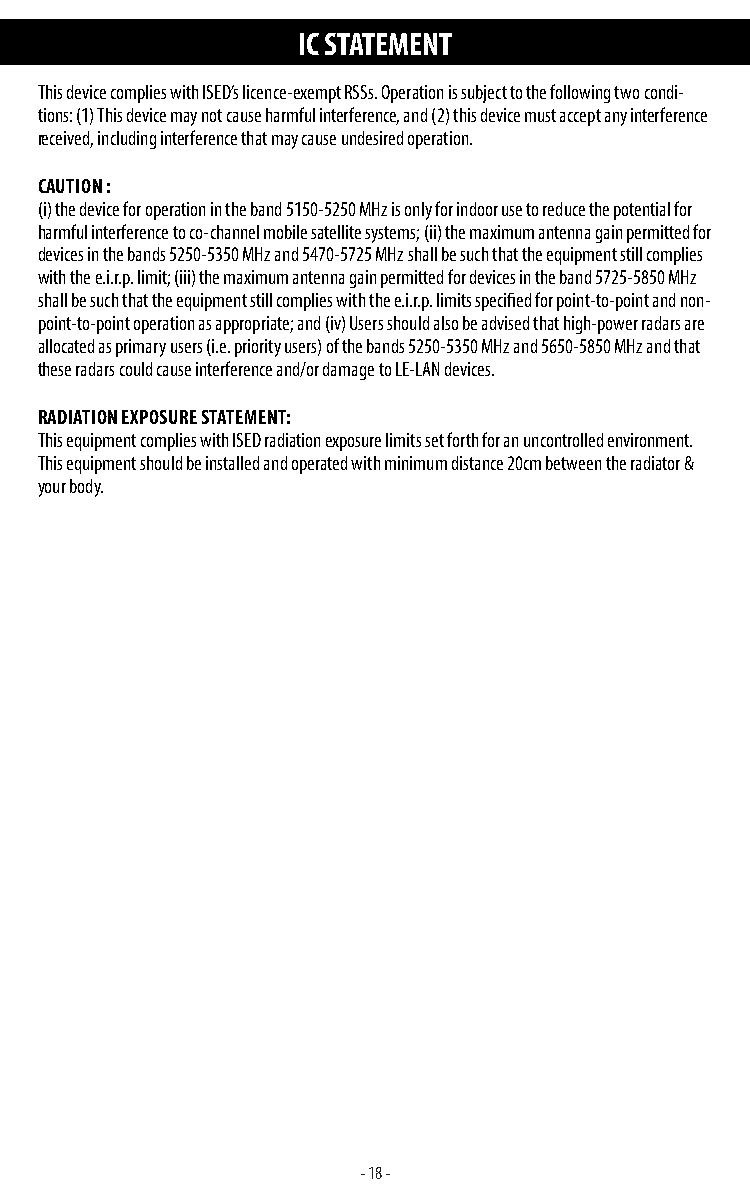
IC STATEMENT
 This device complies with ISED’s licence-exempt RSSs. Operation is subject to the following two condi-
 tions: (1) This device may not cause harmful interference, and (2) this device must accept any interference
 received, including interference that may cause undesired operation.
 CAUTION :
 (i) the device for operation in the band 5150-5250 MHz is only for indoor use to reduce the potential for
 harmful interference to co-channel mobile satellite systems; (ii) the maximum antenna gain permitted for
 devices in the bands 5250-5350 MHz and 5470-5725 MHz shall be such that the equipment still complies
 with the e.i.r.p. limit; (iii) the maximum antenna gain permitted for devices in the band 5725-5850 MHz
 shall be such that the equipment still complies with the e.i.r.p. limits specified for point-to-point and non-
 point-to-point operation as appropriate; and (iv) Users should also be advised that high-power radars are
 allocated as primary users (i.e. priority users) of the bands 5250-5350 MHz and 5650-5850 MHz and that
 these radars could cause interference and/or damage to LE-LAN devices.
 RADIATION EXPOSURE STATEMENT:
 This equipment complies with ISED radiation exposure limits set forth for an uncontrolled environment.
 This equipment should be installed and operated with minimum distance 20cm between the radiator &
 your body.
 - 18 -